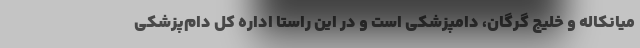
میانکاله و خلیج گرگان، دامپزشکی است و در این راستا اداره کل دام‌پزشکی